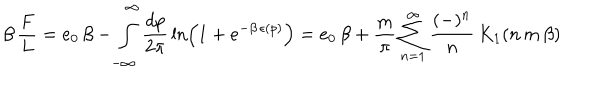
\beta \, { \frac { F } { L } } = e _ { 0 } \, \beta - \int _ { - \infty } ^ { \infty } { \frac { d p } { 2 \pi } } \ln \left( 1 + e ^ { - \beta \, \epsilon ( p ) } \right) = e _ { 0 } \, \beta + { \frac { m } { \pi } } \sum _ { n = 1 } ^ { \infty } { \frac { ( - ) ^ { n } } { n } } \, K _ { 1 } ( n \, m \, \beta )